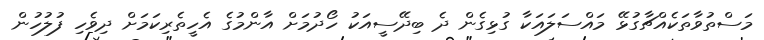
މަސްތުވާތަކެއްޗާގުޅޭ މައްސަލައަކާ ގުޅިގެން ދެ ބިދޭސީއަކު ހޯދުމަށް އާންމުގެ އެހީތެރިކަމަށް ދިވެހި ފުލުހުން